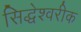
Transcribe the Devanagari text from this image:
सिद्धेश्‍वरीक